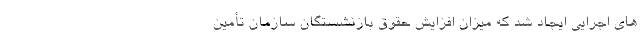
های اجرایی ایجاد شد که میزان افزایش حقوق بازنشستگان سازمان تأمین